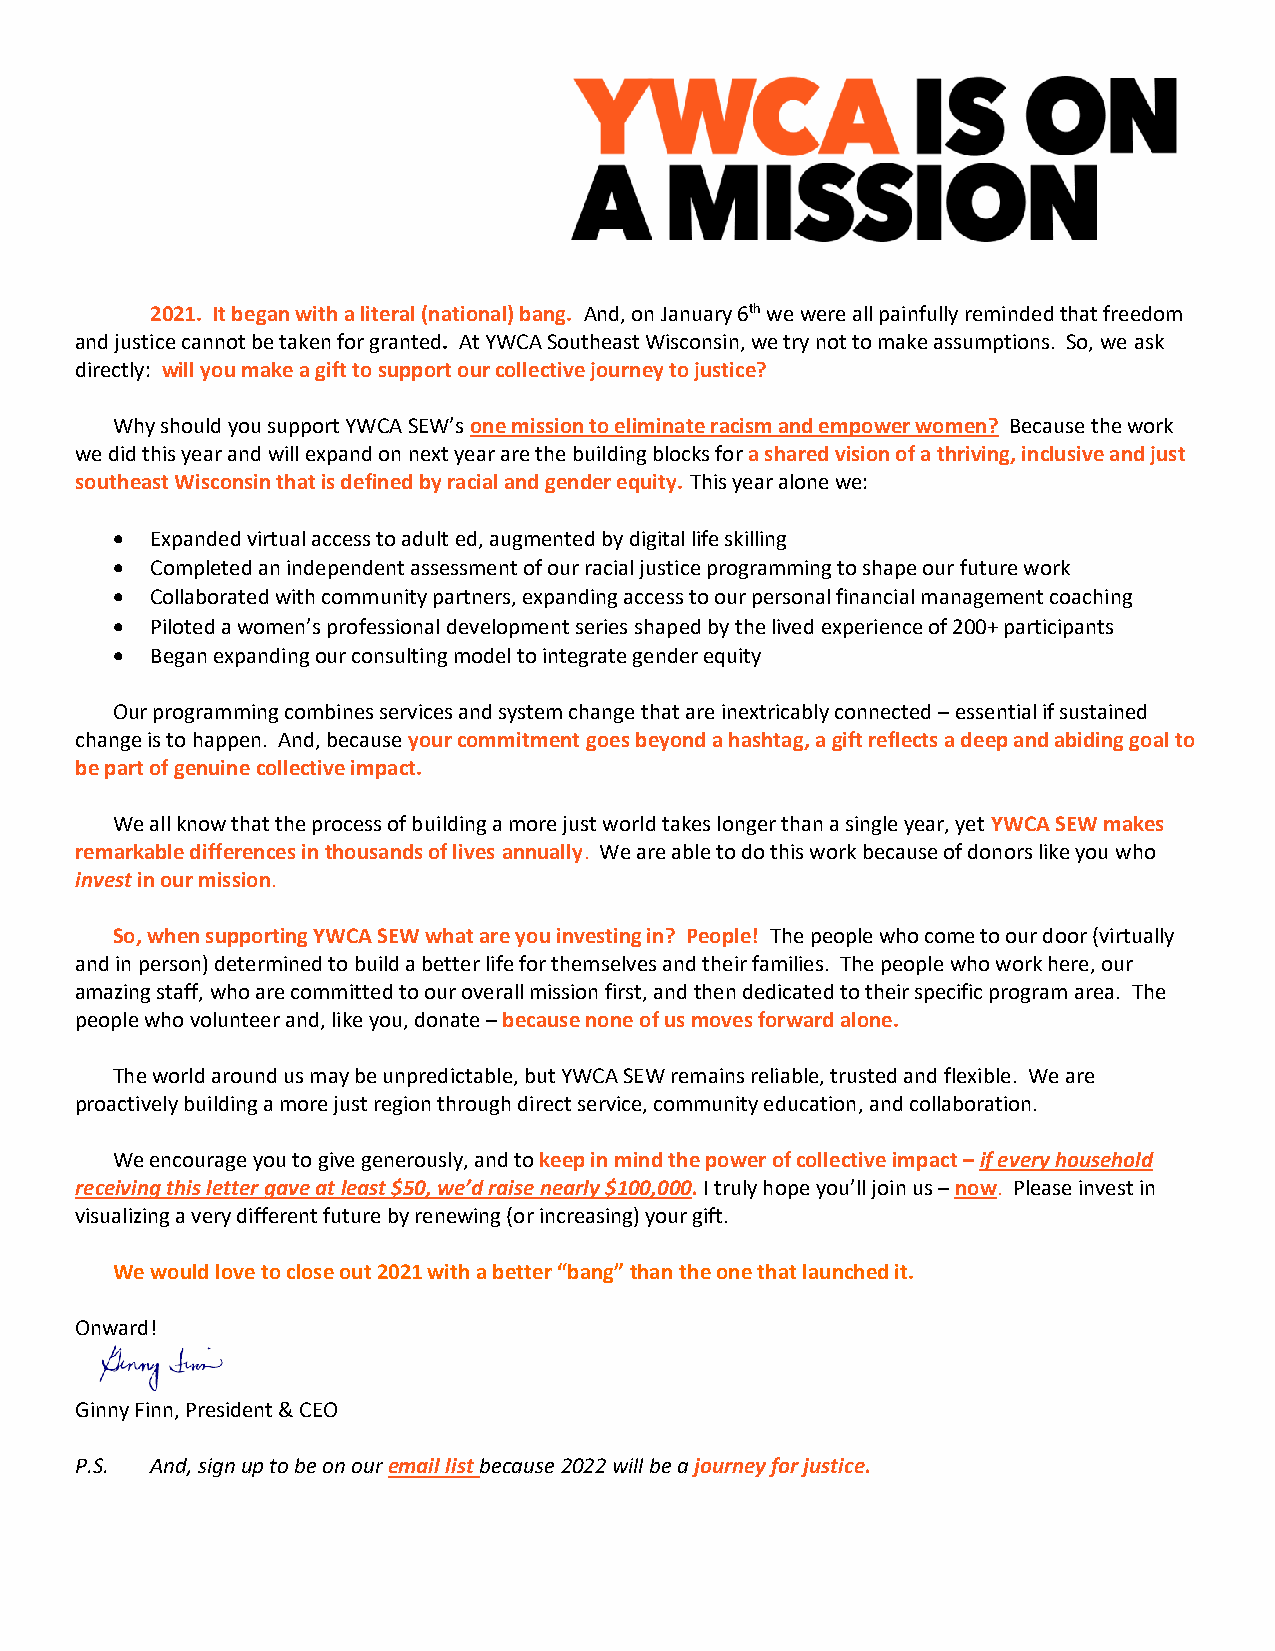
2021. It began with a literal (national) bang. And, on January 6th we were all painfully reminded that freedom
 and justice cannot be taken for granted. At YWCA Southeast Wisconsin, we try not to make assumptions. So, we ask
 directly: will you make a gift to support our collective journey to justice?
 Why should you support YWCA SEW’s one mission to eliminate racism and empower women? Because the work
 we did this year and will expand on next year are the building blocks for a shared vision of a thriving, inclusive and just
 southeast Wisconsin that is defined by racial and gender equity. This year alone we:
 •  Expanded virtual access to adult ed, augmented by digital life skilling
 •  Completed an independent assessment of our racial justice programming to shape our future work
 •  Collaborated with community partners, expanding access to our personal financial management coaching
 •  Piloted a women’s professional development series shaped by the lived experience of 200+ participants
 •  Began expanding our consulting model to integrate gender equity
 Our programming combines services and system change that are inextricably connected – essential if sustained
 change is to happen. And, because your commitment goes beyond a hashtag, a gift reflects a deep and abiding goal to
 be part of genuine collective impact.
 We all know that the process of building a more just world takes longer than a single year, yet YWCA SEW makes
 remarkable differences in thousands of lives annually. We are able to do this work because of donors like you who
 invest in our mission.
 So, when supporting YWCA SEW what are you investing in? People! The people who come to our door (virtually
 and in person) determined to build a better life for themselves and their families. The people who work here, our
 amazing staff, who are committed to our overall mission first, and then dedicated to their specific program area. The
 people who volunteer and, like you, donate – because none of us moves forward alone.
 The world around us may be unpredictable, but YWCA SEW remains reliable, trusted and flexible. We are
 proactively building a more just region through direct service, community education, and collaboration.
 We encourage you to give generously, and to keep in mind the power of collective impact – if every household
 receiving this letter gave at least $50, we’d raise nearly $100,000. I truly hope you’ll join us – now. Please invest in
 visualizing a very different future by renewing (or increasing) your gift.
 We would love to close out 2021 with a better “bang” than the one that launched it.
 Onward!
 Ginny Finn, President & CEO
 P.S. And, sign up to be on our email list because 2022 will be a journey for justice.